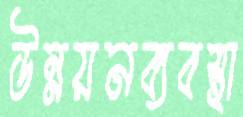
উন্নয়নব্যবস্থা